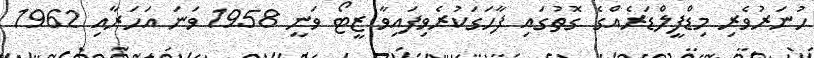
ހުނަރުވެރި މިޑްފީލްޑަރެއްގެ ގޮތުގައި ފާހަގަކުރެވިފައިވާ ޒީޓޯ ވަނީ 1958 ވަނަ އަހަރާއި 1962